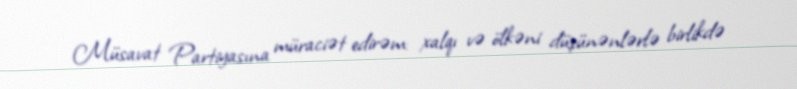
Müsavat Partiyasına müraciət edirəm: xalqı və ölkəni düşünənlərlə birlikdə